Eesti_Rahvusfond, lk 89
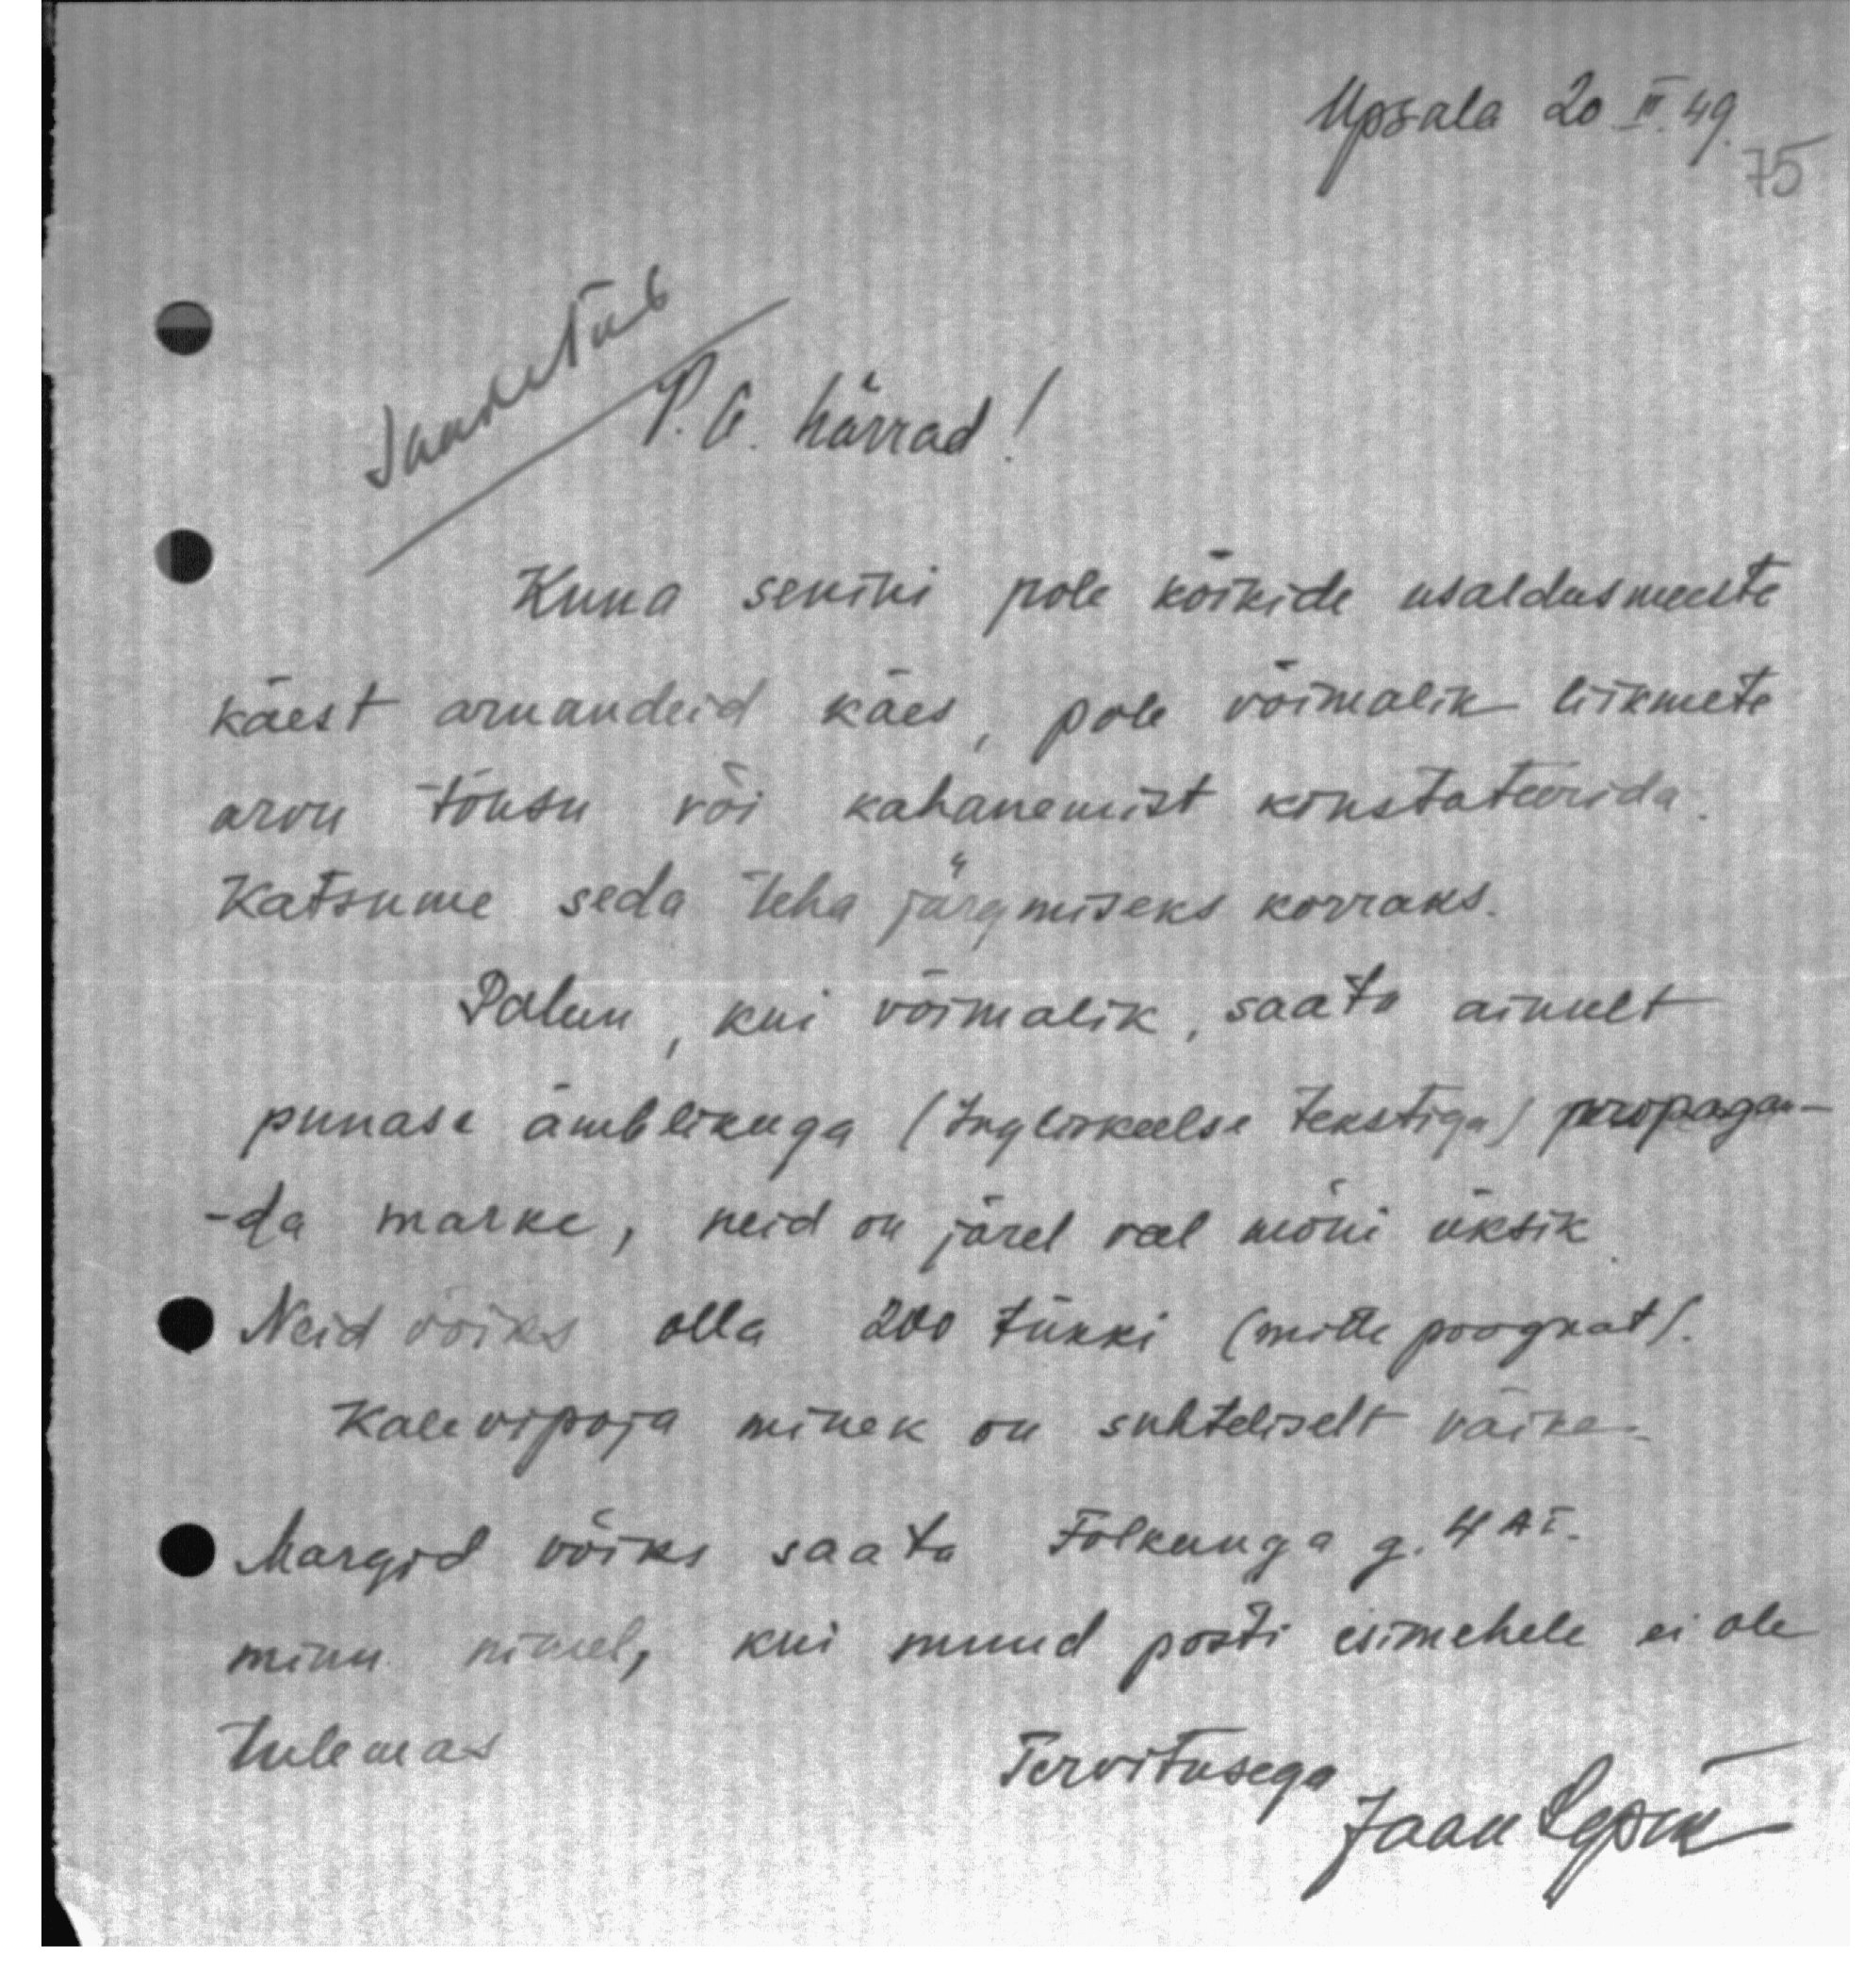
Upsala 20 II. 49

Saadetud
V. A. härrad!
Kuna senini pole kõikide usaldusmeeste
käest aruandeid käes, pole võimalik liikmete
arvu tõusu või kahanemist konstateerida.
Katsume seda teha järgmiseks korraks.
Palun, kui võimalik, saata ainult,
punase ämblikuga (Ingliskeelse tekstiga) propagan-
da marke, neid on järel veel mõni üksik
Neid võiks olla 200 tükki (mitte poognat).
Kalevipoja minek on suhteliselt väike.
Margid võiks saata Folkunga g. 4 AI.
minu nimel, kui muud posti esimehele ei ole
tulemas
Tervitusega
Jaan Lepik